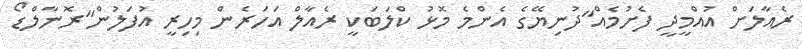
ރެއާލަށް އުއްމީދީ ފެށުމެއް"ދުނިޔޭގެ އެންމެ މޮޅު ކްލަބަކީ ރެއާލް އަހަރެން މިހިރީ އުފަލުން"ރޮނާލްޑޯ